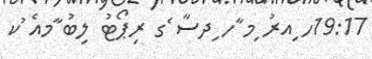
19:17ހ ިއރު ިމ ާހ ިދސާ ެގ ރިޕޯޓު ލިބު ާމއެ ުކ